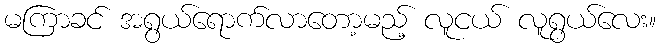
မကြာခင် အရွယ်ရောက်လာတော့မည့် လူငယ် လူရွယ်လေး။